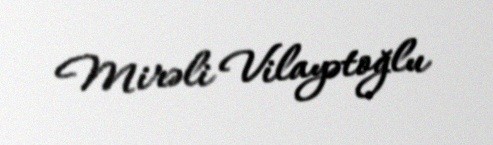
Mirəli Vilayətoğlu